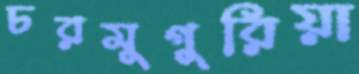
চরমুগুরিয়া